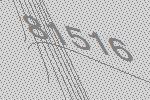
81516